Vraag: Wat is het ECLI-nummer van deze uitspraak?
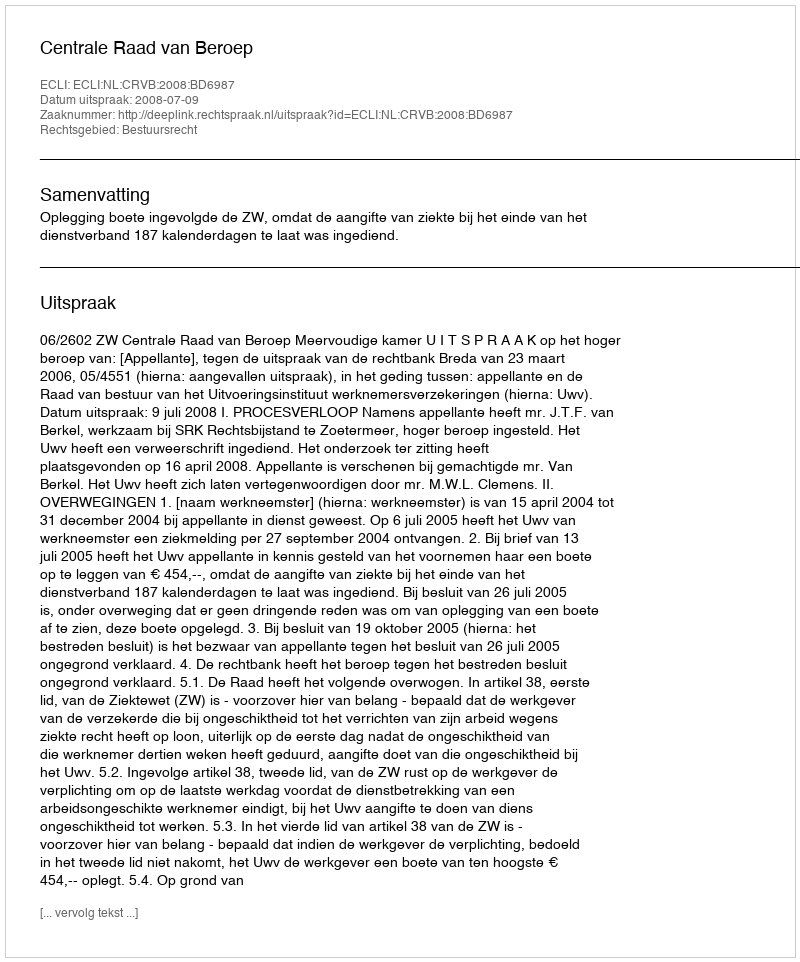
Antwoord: ECLI:NL:CRVB:2008:BD6987